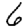
Digit: 6